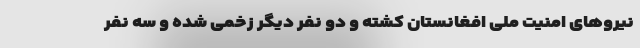
نیروهای امنیت ملی افغانستان کشته و دو نفر دیگر زخمی شده‌ و سه نفر